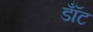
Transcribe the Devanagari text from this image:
डॉँट